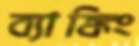
ব্যাঙ্কিং